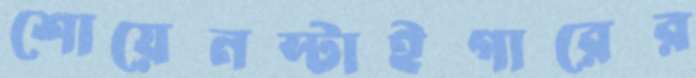
শোয়েনস্টাইগারের